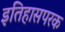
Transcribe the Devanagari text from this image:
इतिहासपरक